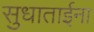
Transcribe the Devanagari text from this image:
सुधाताईना